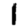
Digit: 1